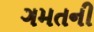
ગમતની